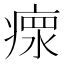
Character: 𤸄